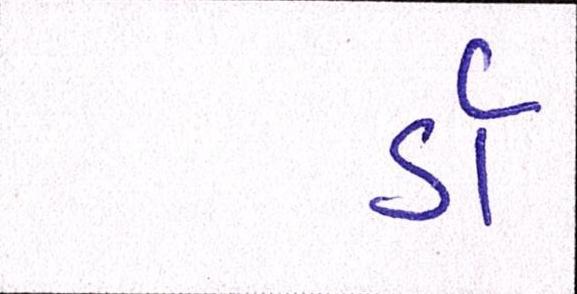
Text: ડૉ